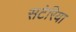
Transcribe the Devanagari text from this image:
सटेरिया